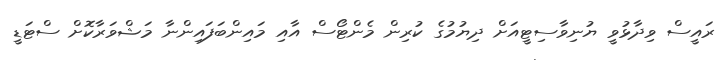
ރައީސް ވިދާޅުވީ ޔުނިވާސިޓީއަށް ދިޔުމުގެ ކުރިން މެންޓޯސް އާއި މައިންބަފައިންނާ މަޝްވަރާކޮށް ސްޓަޑީ